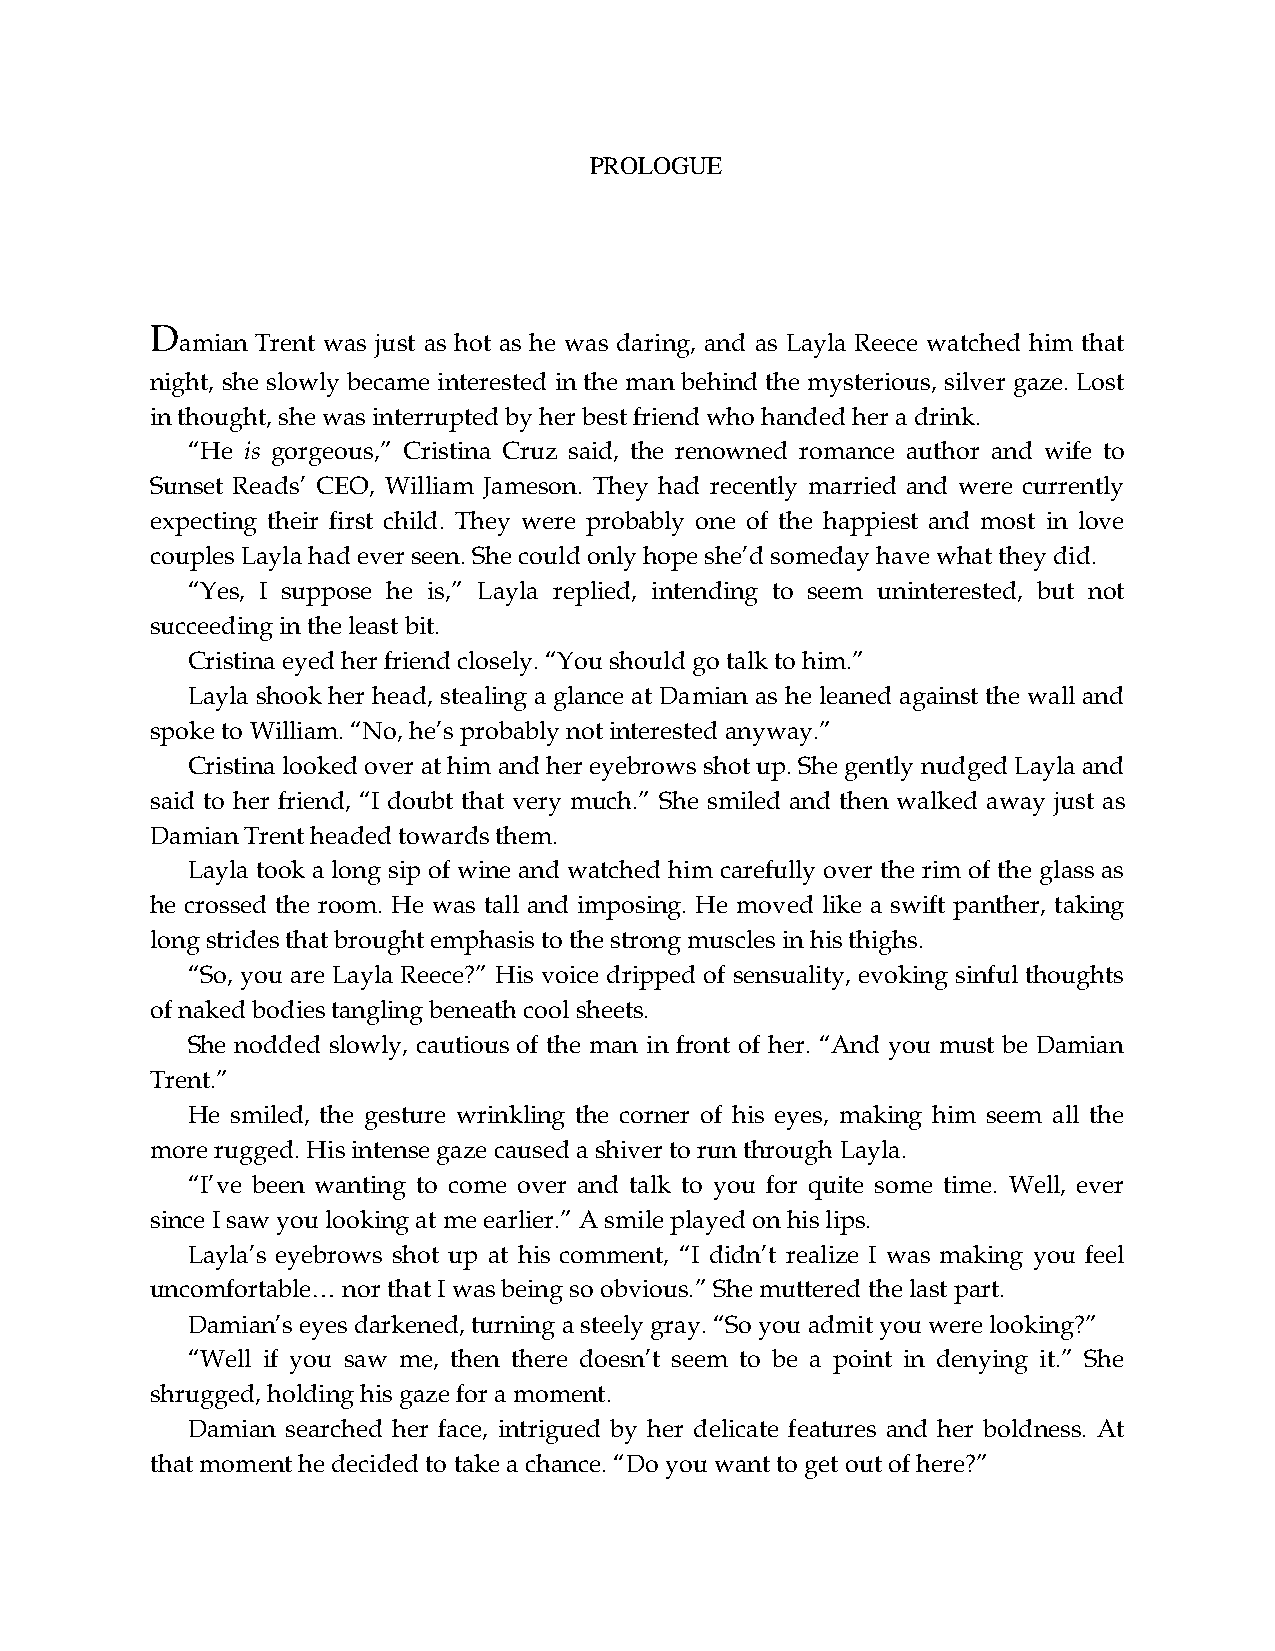
PROLOGUE
 D
 amian Trent was just as hot as he was daring, and as Layla Reece watched him that
 night, she slowly became interested in the man behind the mysterious, silver gaze. Lost
 in thought, she was interrupted by her best friend who handed her a drink.
 “He is gorgeous,” Cristina Cruz said, the renowned romance author and wife to
 Sunset Reads’ CEO, William Jameson. They had recently married and were currently
 expecting their first child. They were probably one of the happiest and most in love
 couples Layla had ever seen. She could only hope she’d someday have what they did.
 “Yes, I suppose he is,” Layla replied, intending to seem uninterested, but not
 succeeding in the least bit.
 Cristina eyed her friend closely. “You should go talk to him.”
 Layla shook her head, stealing a glance at Damian as he leaned against the wall and
 spoke to William. “No, he’s probably not interested anyway.”
 Cristina looked over at him and her eyebrows shot up. She gently nudged Layla and
 said to her friend, “I doubt that very much.” She smiled and then walked away just as
 Damian Trent headed towards them.
 Layla took a long sip of wine and watched him carefully over the rim of the glass as
 he crossed the room. He was tall and imposing. He moved like a swift panther, taking
 long strides that brought emphasis to the strong muscles in his thighs.
 “So, you are Layla Reece?” His voice dripped of sensuality, evoking sinful thoughts
 of naked bodies tangling beneath cool sheets.
 She nodded slowly, cautious of the man in front of her. “And you must be Damian
 Trent.”
 He smiled, the gesture wrinkling the corner of his eyes, making him seem all the
 more rugged. His intense gaze caused a shiver to run through Layla.
 “I’ve been wanting to come over and talk to you for quite some time. Well, ever
 since I saw you looking at me earlier.” A smile played on his lips.
 Layla’s eyebrows shot up at his comment, “I didn’t realize I was making you feel
 uncomfortable… nor that I was being so obvious.” She muttered the last part.
 Damian’s eyes darkened, turning a steely gray. “So you admit you were looking?”
 “Well if you saw me, then there doesn’t seem to be a point in denying it.” She
 shrugged, holding his gaze for a moment.
 Damian searched her face, intrigued by her delicate features and her boldness. At
 that moment he decided to take a chance. “Do you want to get out of here?”